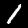
Digit: 1